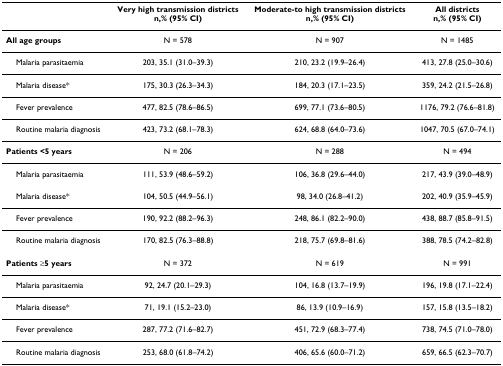
<table><thead><tr><td></td><td><b>Very high transmission districtsn,% (95% CI)</b></td><td><b>Moderate-to high transmission districtsn,% (95% CI)</b></td><td><b>All districtsn,% (95% CI)</b></td></tr></thead><tbody><tr><td><b>All age groups</b></td><td>N = 578</td><td>N = 907</td><td>N = 1485</td></tr><tr><td> Malaria parasitaemia</td><td>203, 35.1 (31.0–39.3)</td><td>210, 23.2 (19.9–26.4)</td><td>413, 27.8 (25.0–30.6)</td></tr><tr><td> Malaria disease*</td><td>175, 30.3 (26.3–34.3)</td><td>184, 20.3 (17.1–23.5)</td><td>359, 24.2 (21.5–26.8)</td></tr><tr><td> Fever prevalence</td><td>477, 82.5 (78.6–86.5)</td><td>699, 77.1 (73.6–80.5)</td><td>1176, 79.2 (76.6–81.8)</td></tr><tr><td> Routine malaria diagnosis</td><td>423, 73.2 (68.1–78.3)</td><td>624, 68.8 (64.0–73.6)</td><td>1047, 70.5 (67.0–74.1)</td></tr><tr><td><b>Patients &lt;5 years</b></td><td>N = 206</td><td>N = 288</td><td>N = 494</td></tr><tr><td> Malaria parasitaemia</td><td>111, 53.9 (48.6–59.2)</td><td>106, 36.8 (29.6–44.0)</td><td>217, 43.9 (39.0–48.9)</td></tr><tr><td> Malaria disease*</td><td>104, 50.5 (44.9–56.1)</td><td>98, 34.0 (26.8–41.2)</td><td>202, 40.9 (35.9–45.9)</td></tr><tr><td> Fever prevalence</td><td>190, 92.2 (88.2–96.3)</td><td>248, 86.1 (82.2–90.0)</td><td>438, 88.7 (85.8–91.5)</td></tr><tr><td> Routine malaria diagnosis</td><td>170, 82.5 (76.3–88.8)</td><td>218, 75.7 (69.8–81.6)</td><td>388, 78.5 (74.2–82.8)</td></tr><tr><td><b>Patients ≥5 years</b></td><td>N = 372</td><td>N = 619</td><td>N = 991</td></tr><tr><td> Malaria parasitaemia</td><td>92, 24.7 (20.1–29.3)</td><td>104, 16.8 (13.7–19.9)</td><td>196, 19.8 (17.1–22.4)</td></tr><tr><td> Malaria disease*</td><td>71, 19.1 (15.2–23.0)</td><td>86, 13.9 (10.9–16.9)</td><td>157, 15.8 (13.5–18.2)</td></tr><tr><td> Fever prevalence</td><td>287, 77.2 (71.6–82.7)</td><td>451, 72.9 (68.3–77.4)</td><td>738, 74.5 (71.0–78.0)</td></tr><tr><td> Routine malaria diagnosis</td><td>253, 68.0 (61.8–74.2)</td><td>406, 65.6 (60.0–71.2)</td><td>659, 66.5 (62.3–70.7)</td></tr></tbody></table>